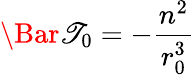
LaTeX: \Bar{\mathscr{T}}_{0}=-\frac{{n^{2}}}{{r_{0}^{3}}}